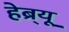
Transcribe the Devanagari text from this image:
हेब्र्यू